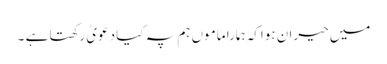
میں حیران ہواکہ ہمارا ماموں ہم پہ کیا دعویٰ رکھتا ہے ۔